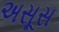
અસૂસ